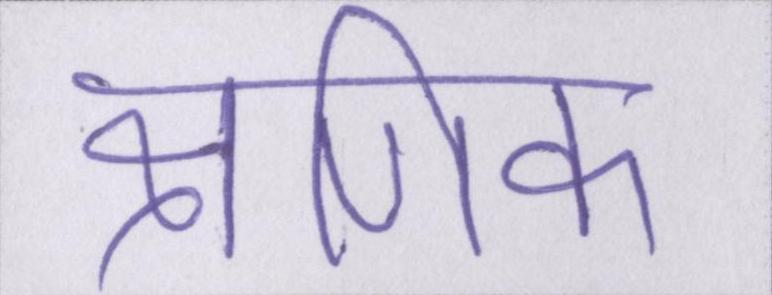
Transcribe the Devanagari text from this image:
क्षणिक